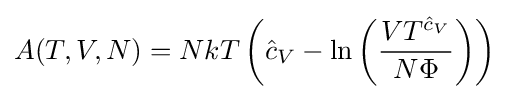
A(T,V,N)=NkT\left({\hat {c}}_{V}-\ln \left({\frac {VT^{{\hat {c}}_{V}}}{N\Phi }}\right)\right)